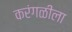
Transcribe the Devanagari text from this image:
करंगळीला